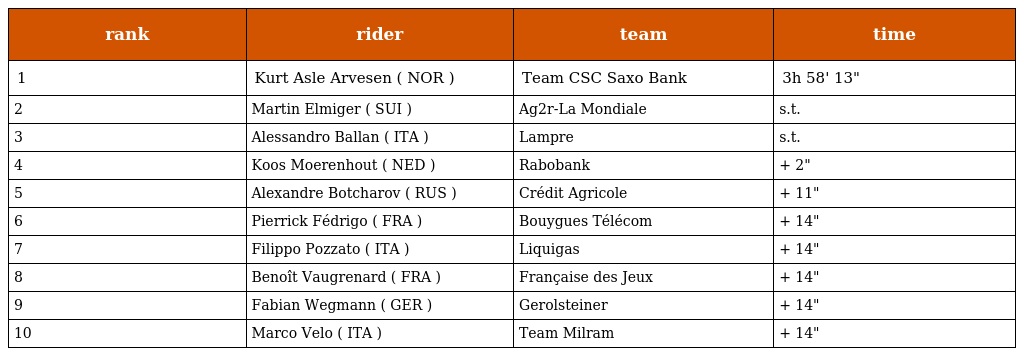
| rank | rider | team | time |
 | --- | --- | --- | --- |
 | 1 | Kurt Asle Arvesen ( NOR ) | Team CSC Saxo Bank | 3h 58' 13" |
 | 2 | Martin Elmiger ( SUI ) | Ag2r-La Mondiale | s.t. |
 | 3 | Alessandro Ballan ( ITA ) | Lampre | s.t. |
 | 4 | Koos Moerenhout ( NED ) | Rabobank | + 2" |
 | 5 | Alexandre Botcharov ( RUS ) | Crédit Agricole | + 11" |
 | 6 | Pierrick Fédrigo ( FRA ) | Bouygues Télécom | + 14" |
 | 7 | Filippo Pozzato ( ITA ) | Liquigas | + 14" |
 | 8 | Benoît Vaugrenard ( FRA ) | Française des Jeux | + 14" |
 | 9 | Fabian Wegmann ( GER ) | Gerolsteiner | + 14" |
 | 10 | Marco Velo ( ITA ) | Team Milram | + 14" |